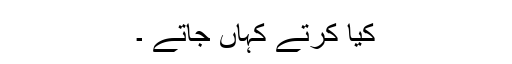
کیا کرتے کہاں جاتے ۔